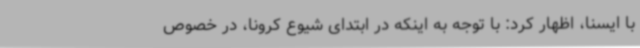
با ایسنا، اظهار کرد: با توجه به اینکه در ابتدای شیوع کرونا، در خصوص